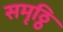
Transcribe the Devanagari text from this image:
समृठ्ठि